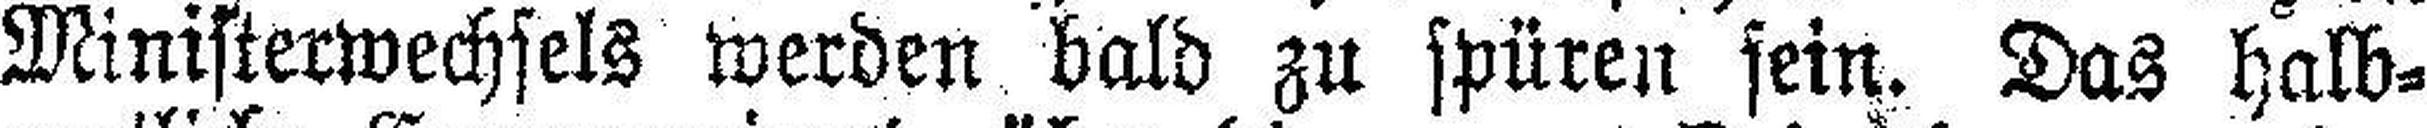
Ministerwechsels werden bald zu spüren sein. Das halb¬